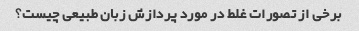
برخی از تصورات غلط در مورد پردازش زبان طبیعی چیست؟